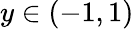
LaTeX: y\in(-1,1)